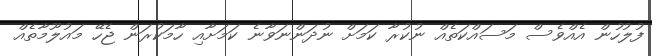
ފުލުހުން އެއްވެސް މަސައްކަތެއް ނުކުރާ ކަމަށް ނުދަންނަވާނެ ކަމަށާއި ހާމަކުރަން ޖެހޭ މައުލޫމާތެއް